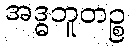
အဒ္ဓဘူတဉ္စ